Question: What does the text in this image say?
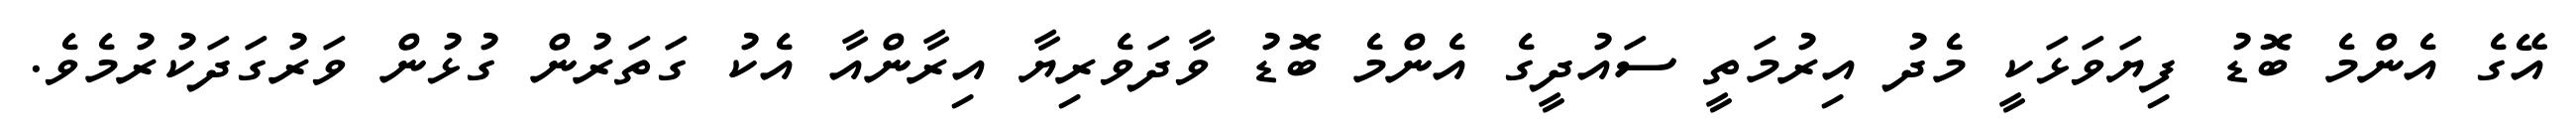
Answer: އޭގެ އެންމެ ބޮޑު ފިޔަވަޅަކީ މެދު އިރުމަތީ ސައުދީގެ އެންމެ ބޮޑު ވާދަވެރިޔާ އިރާންއާ އެކު ގަތަރުން ގުޅުން ވަރުގަދަކުރުމެވެ.